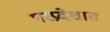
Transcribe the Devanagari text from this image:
परप्रदेशात